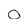
Character: O